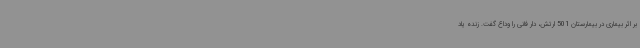
بر اثر بیماری در بیمارستان 501 ارتش، دار فانی را وداع گفت. زنده یاد